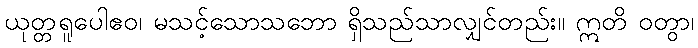
ယုတ္တရူပေါဧဝ၊ မသင့်သောသဘော ရှိသည်သာလျှင်တည်း။ ဣတိ ဝတွာ၊